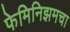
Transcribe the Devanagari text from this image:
फेमिनिझमचा